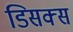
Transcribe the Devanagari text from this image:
डिसक्स